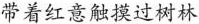
带着红意触摸过树林